Problem: 9 × 8 = ?
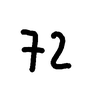
Handwritten answer: 72